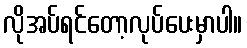
လိုအပ်ရင်တော့လုပ်ပေးမှာပါ။